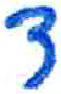
אות: צ